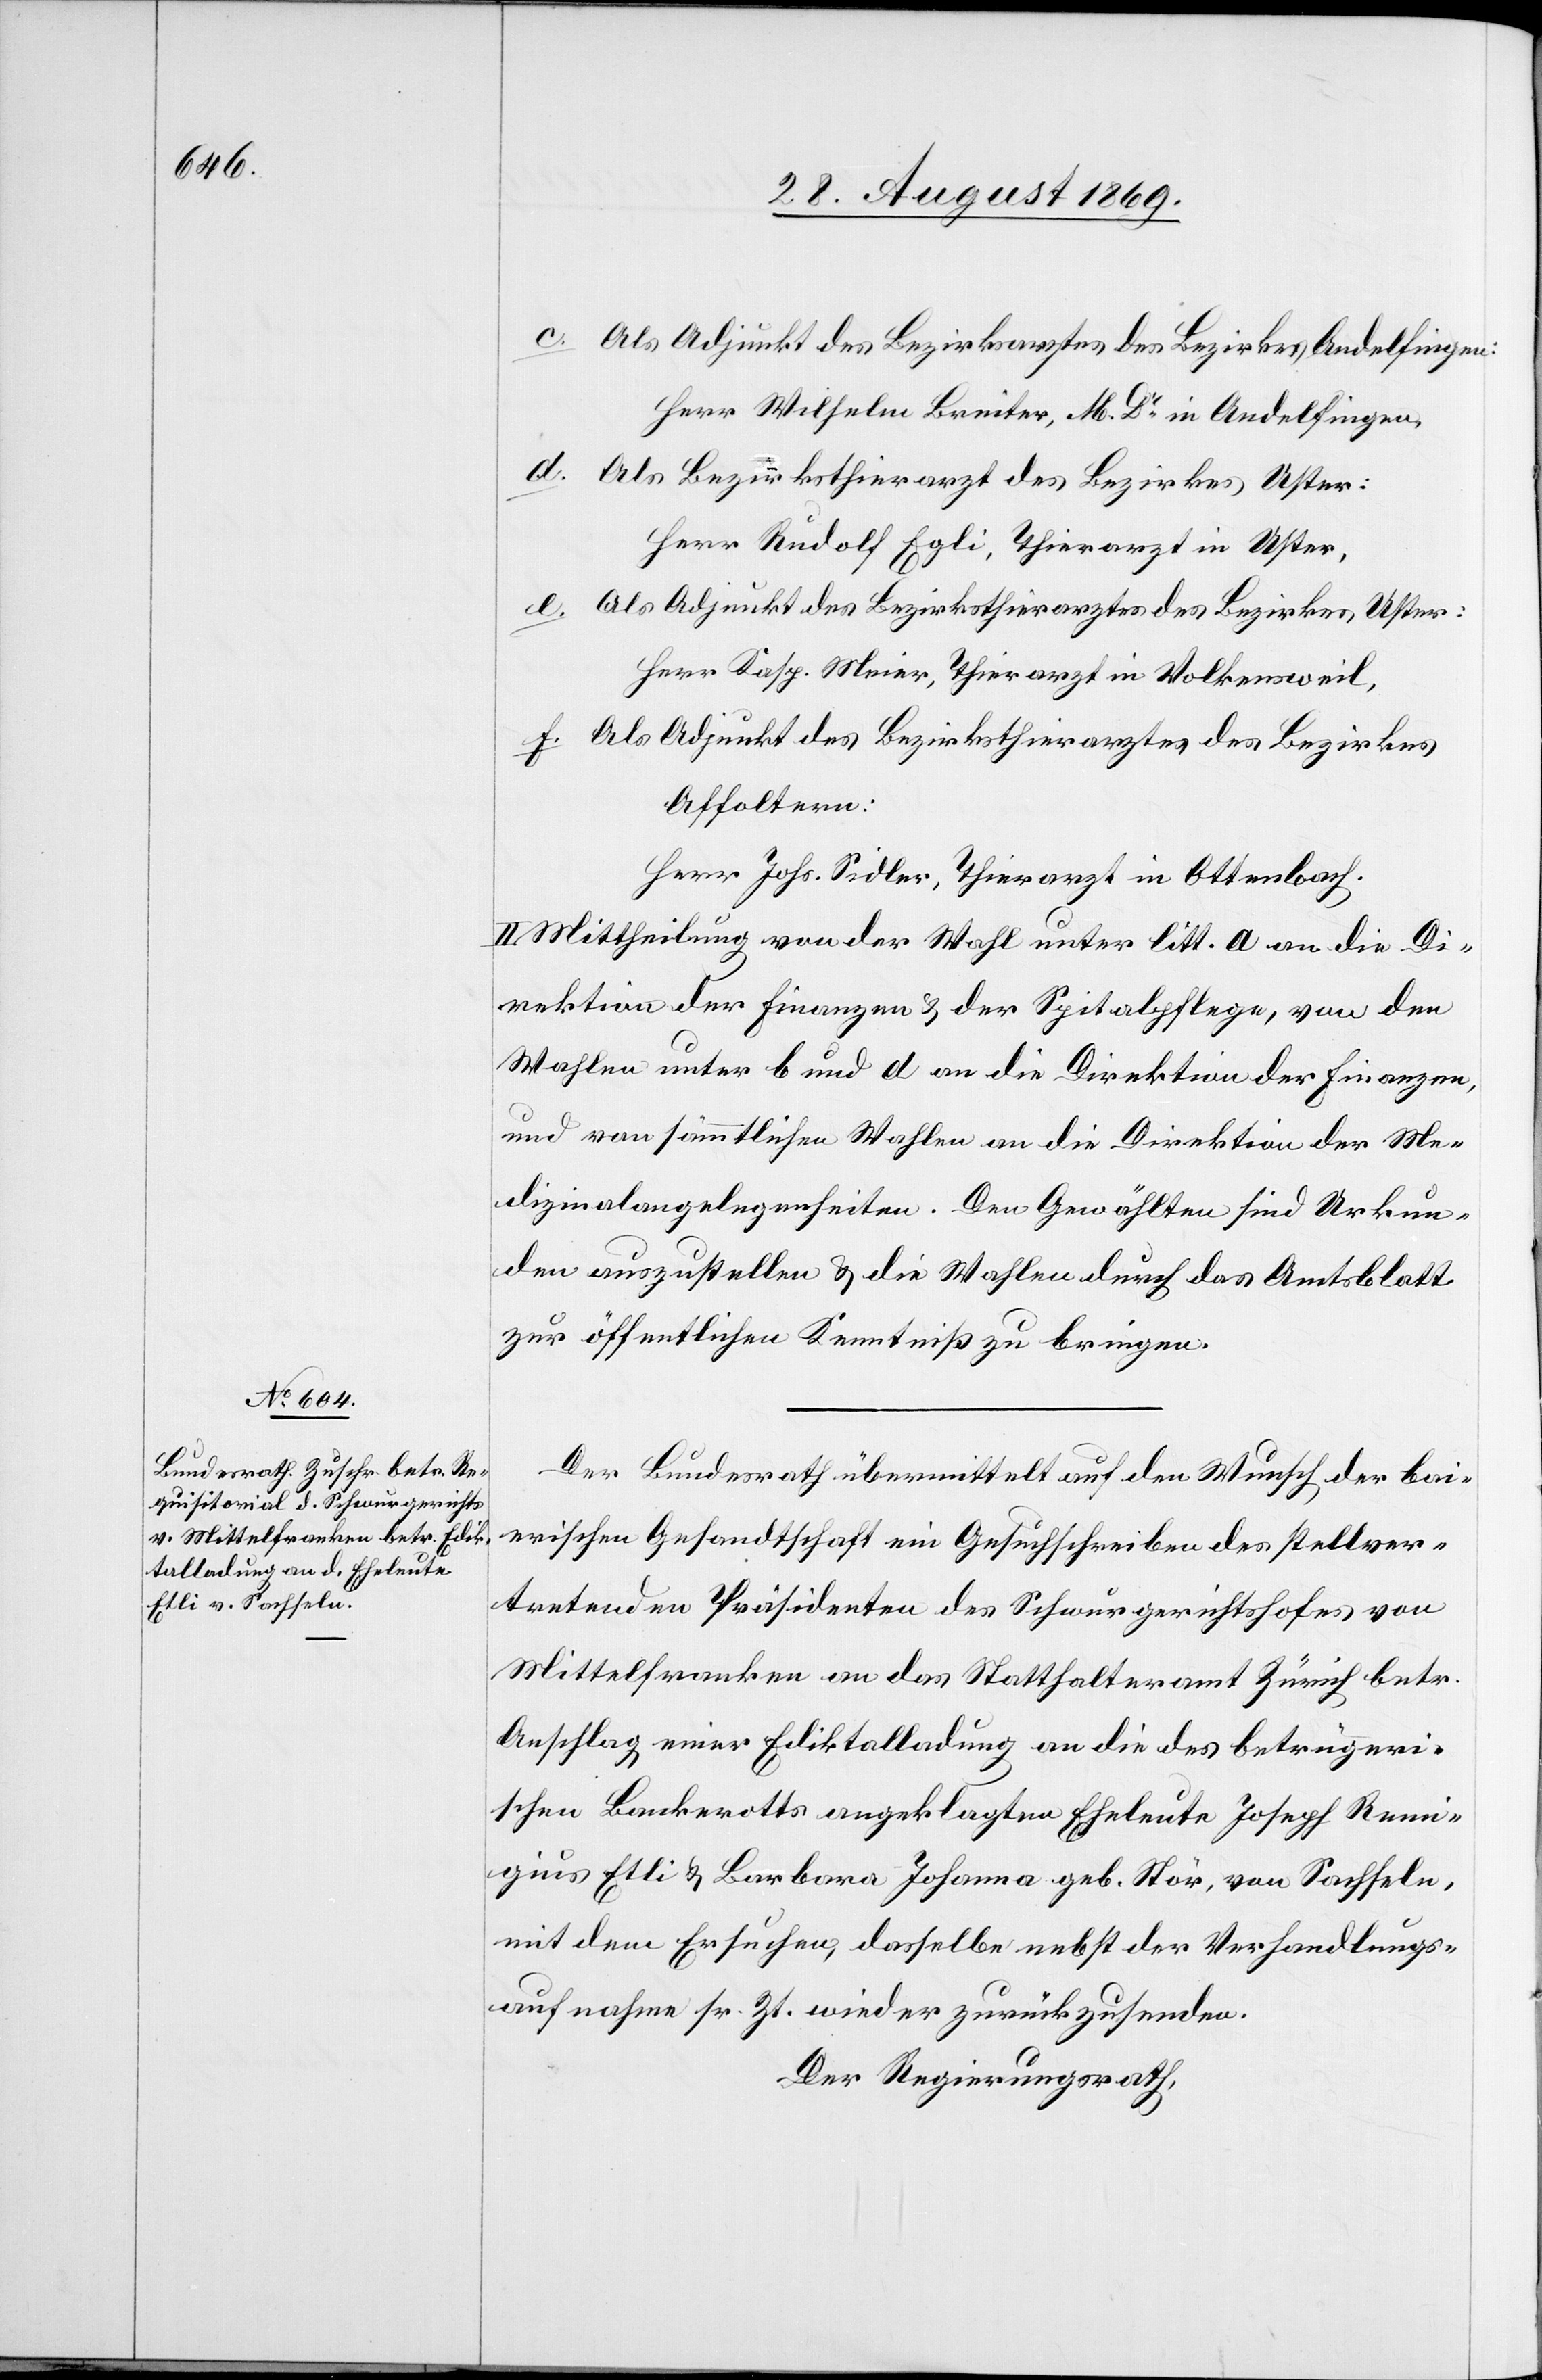
c. Als Adjunkt des Bezirksarztes des Bezirkes Andelfingen:
Herr Wilhelm Breiter, M. Dr in Andelfingen,
d. Als Bezirksthierarzt des Bezirkes Uster:
Herr Rudolf Egli, Thierarzt in Uster,
e. Als Adjunkt des Bezirksthierarztes des Bezirkes Uster:
Herr Kasp. Meier, Thierarzt in Volkensweil,
f. Als Adjunkt des Bezirksthierarztes des Bezirkes
Affoltern:
Herr Johs. Sidler, Thierarzt in Ottenbach.
II. Mittheilung von der Wahl unter litt. a an die Di¬
rektion der Finanzen & der Spitalpflege, von den
Wahlen unter b und d an die Direktion der Finanzen,
und von sämmtlichen Wahlen an die Direktion der Me¬
dizinalangelegenheiten. Den Gewählten sind Urkun¬
den auszustellen & die Wahlen durch das Amtsblatt
zur öffentlichen Kenntniß zu bringen.
Der Bundesrath übermittelt auf den Wunsch der bai¬
erischen Gesandtschaft ein Gesuchschreiben des stellver¬
tretenden Präsidenten des Schwurgerichtshofes von
Mittelfranken an das Statthalteramt Zürich betr.
Anschlag einer Ediktalladung an die des betrügeri¬
schen Bankerotts angeklagten Eheleute Joseph Rem¬
igius Etli & Barbara Johanna geb. Stör, von Sachseln,
mit dem Ersuchen, dasselbe nebst der Verhandlungs¬
aufnahme sr. Zt. wieder zurückzusenden.
Der Regierungsrath,